Indian journal of veterinary science and animal husbandry - Volumes 22-23, 1952-1953
Year: 1952
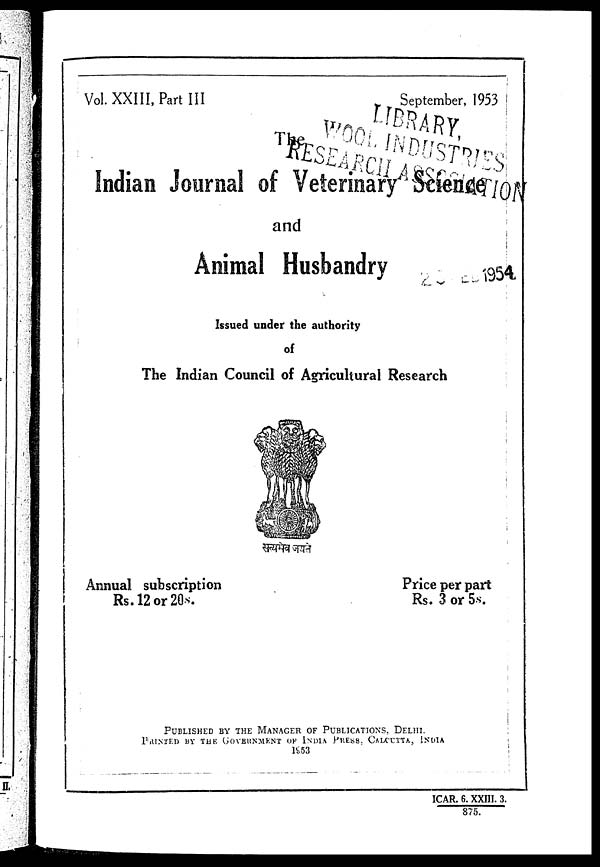
Vol. XXIII, Part III
September, 1953
Indian Journal of Veterinary Science
and
Animal Husbandry
Issued under the authority
of
The Indian Council of Agricultural Research
Annual subscription
Rs. 12 or 20s.
Price per part
Rs. 3 or 5s.
PUBLISHED BY THE MANAGER OF PUBLICATIONS, DELHI.
PRINTED BY THE GOVERNMENT OF INDIA PRESS, CALCUTTA, INDIA
1953
ICAR. 6. XXIII. 3.
875.